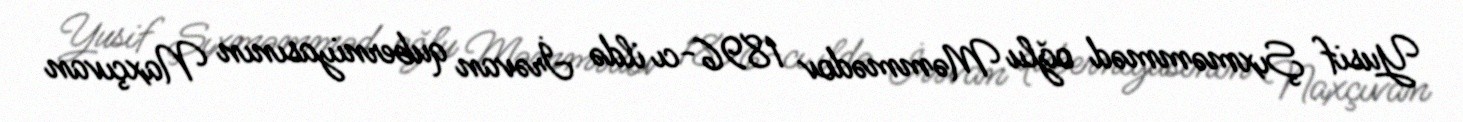
Yusif Şıxməmməd oğlu Məmmədov 1896-cı ildə İrəvan quberniyasının Naxçıvan